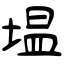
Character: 塭